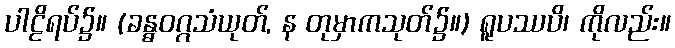
ပါဠိရပ်၌။ (ခန္ဓဝဂ္ဂသံယုတ်, န တုမှာကသုတ်၌။) ရူပဿပိ၊ ကိုလည်း။